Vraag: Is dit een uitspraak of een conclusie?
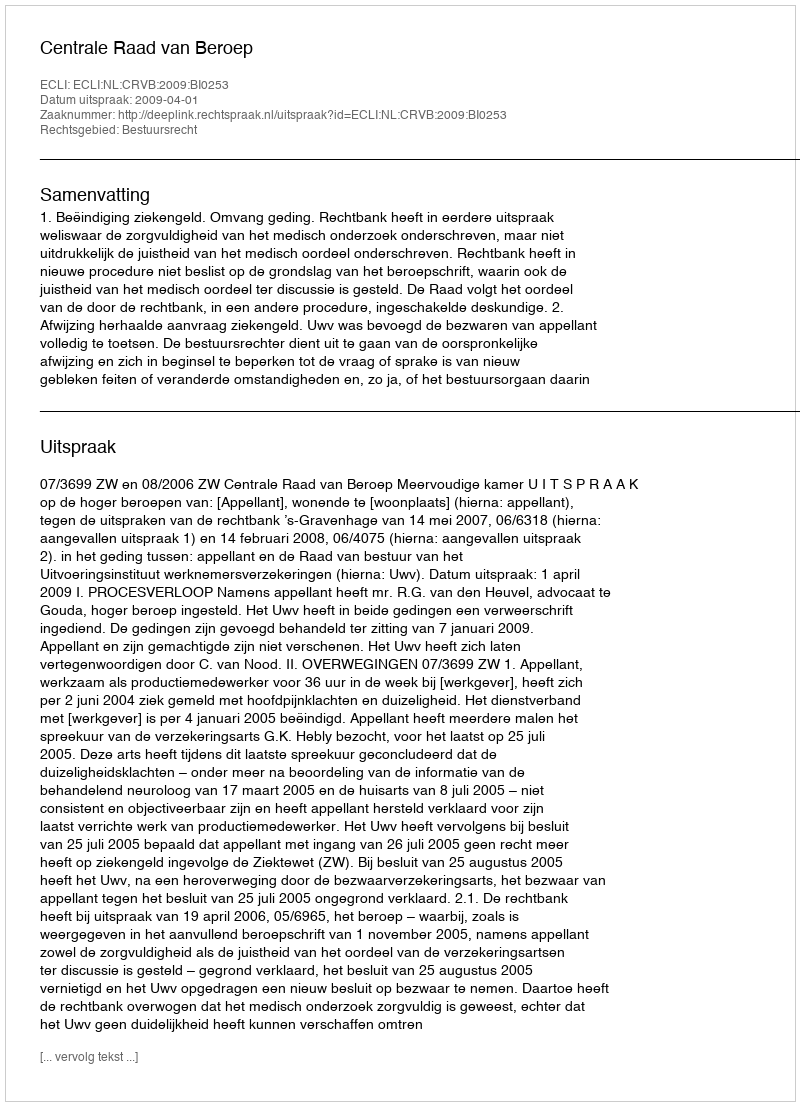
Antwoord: Uitspraak